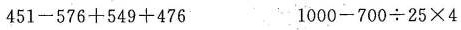
$$4 5 1 - 5 7 6 + 5 4 9 + 4 7 6$$ $$1 0 0 0 - 7 0 0 \div 2 5 \times 4$$